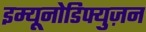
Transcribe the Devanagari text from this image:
इम्यूनोडिफ्युज़न